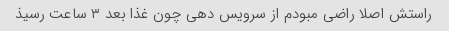
راستش اصلا راضی مبودم از سرویس دهی چون غذا بعد ۳ ساعت رسیذ